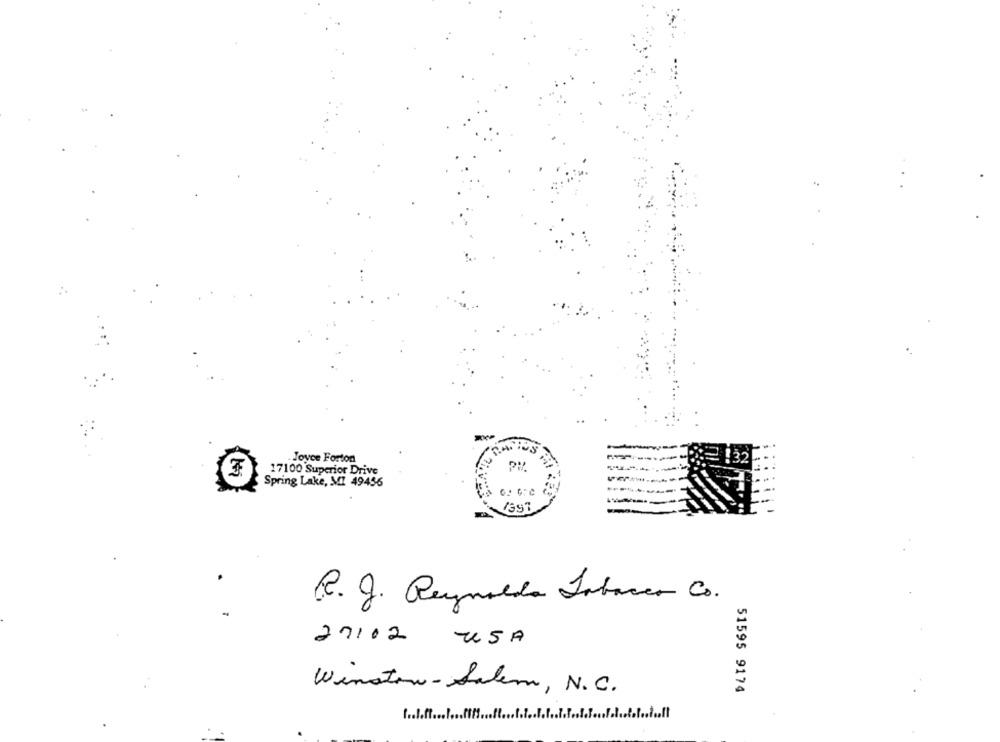
-
Joyce Forton
17100 Superior Drive
Spring Lake, MI 49456
R. J. Reynolds Tobacco Co.
20102 USA
Winston-Salem, N. C.
51595 9174
t .... ft ....... ff